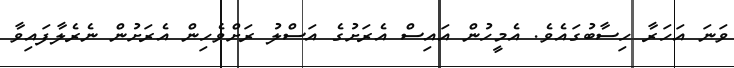
ވަނަ އަހަރާ ހިސާބުގައެވެ. އެމީހުން އައިސް އެރަށުގެ އަސްލު ރަށްވެހިން އެރަށުން ނެރެލާފައިވާ